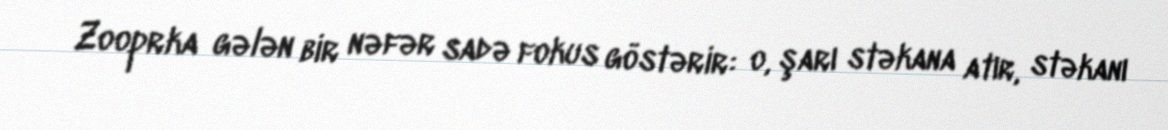
Zooprka gələn bir nəfər sadə fokus göstərir: o, şarı stəkana atır, stəkanı